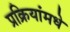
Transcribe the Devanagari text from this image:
प्रक्रियांमधे